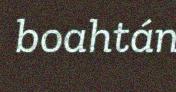
boahtán